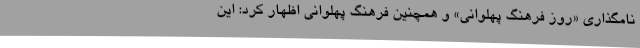
نامگذاری «روز فرهنگ پهلوانی» و همچنین فرهنگ پهلوانی اظهار کرد: این